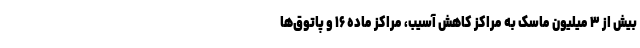
بیش از ۳ میلیون ماسک به مراکز کاهش آسیب، مراکز ماده ۱۶ و پاتوق‌ها